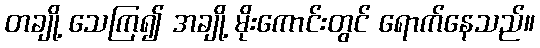
တချို့ သေကြ၍ အချို့ မိုးကောင်းတွင် ရောက်နေသည်။